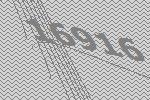
16916